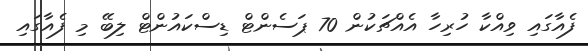
ފެއާގައި ވިއްކާ ހުރިހާ އެއްޗަކުން 70 ޕަސެންޓް ޑިސްކައުންޓް ލިބޭ މި ފެއާގައި